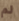
لم